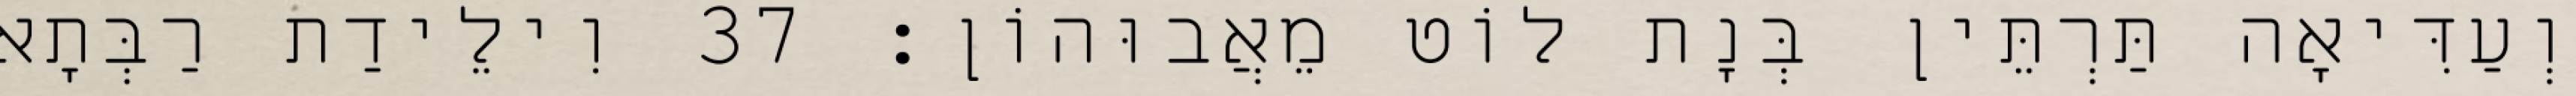
וְעַדִּיאָה תַּרְתֵּין בְּנָת לוֹט מֵאֲבוּהוֹן׃ 37 וִילֵידַת רַבְּתָא